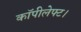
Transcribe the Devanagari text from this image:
कॉपीलेफ्ट।